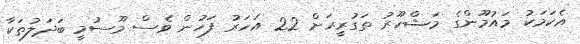
އެކަމަކު މައުމޫންގެ މަޝްހޫރު ތަގުރީރަށް 22 އަހަރު ފަހުން ވެސް މޫސުމީ ބަދަލުތަކާ